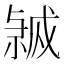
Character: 𭟸